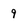
Character: 9